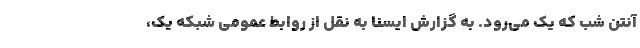
آنتن شب که یک می‌رود. به گزارش ایسنا به نقل از روابط عمومی شبکه یک،